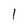
Character: 1